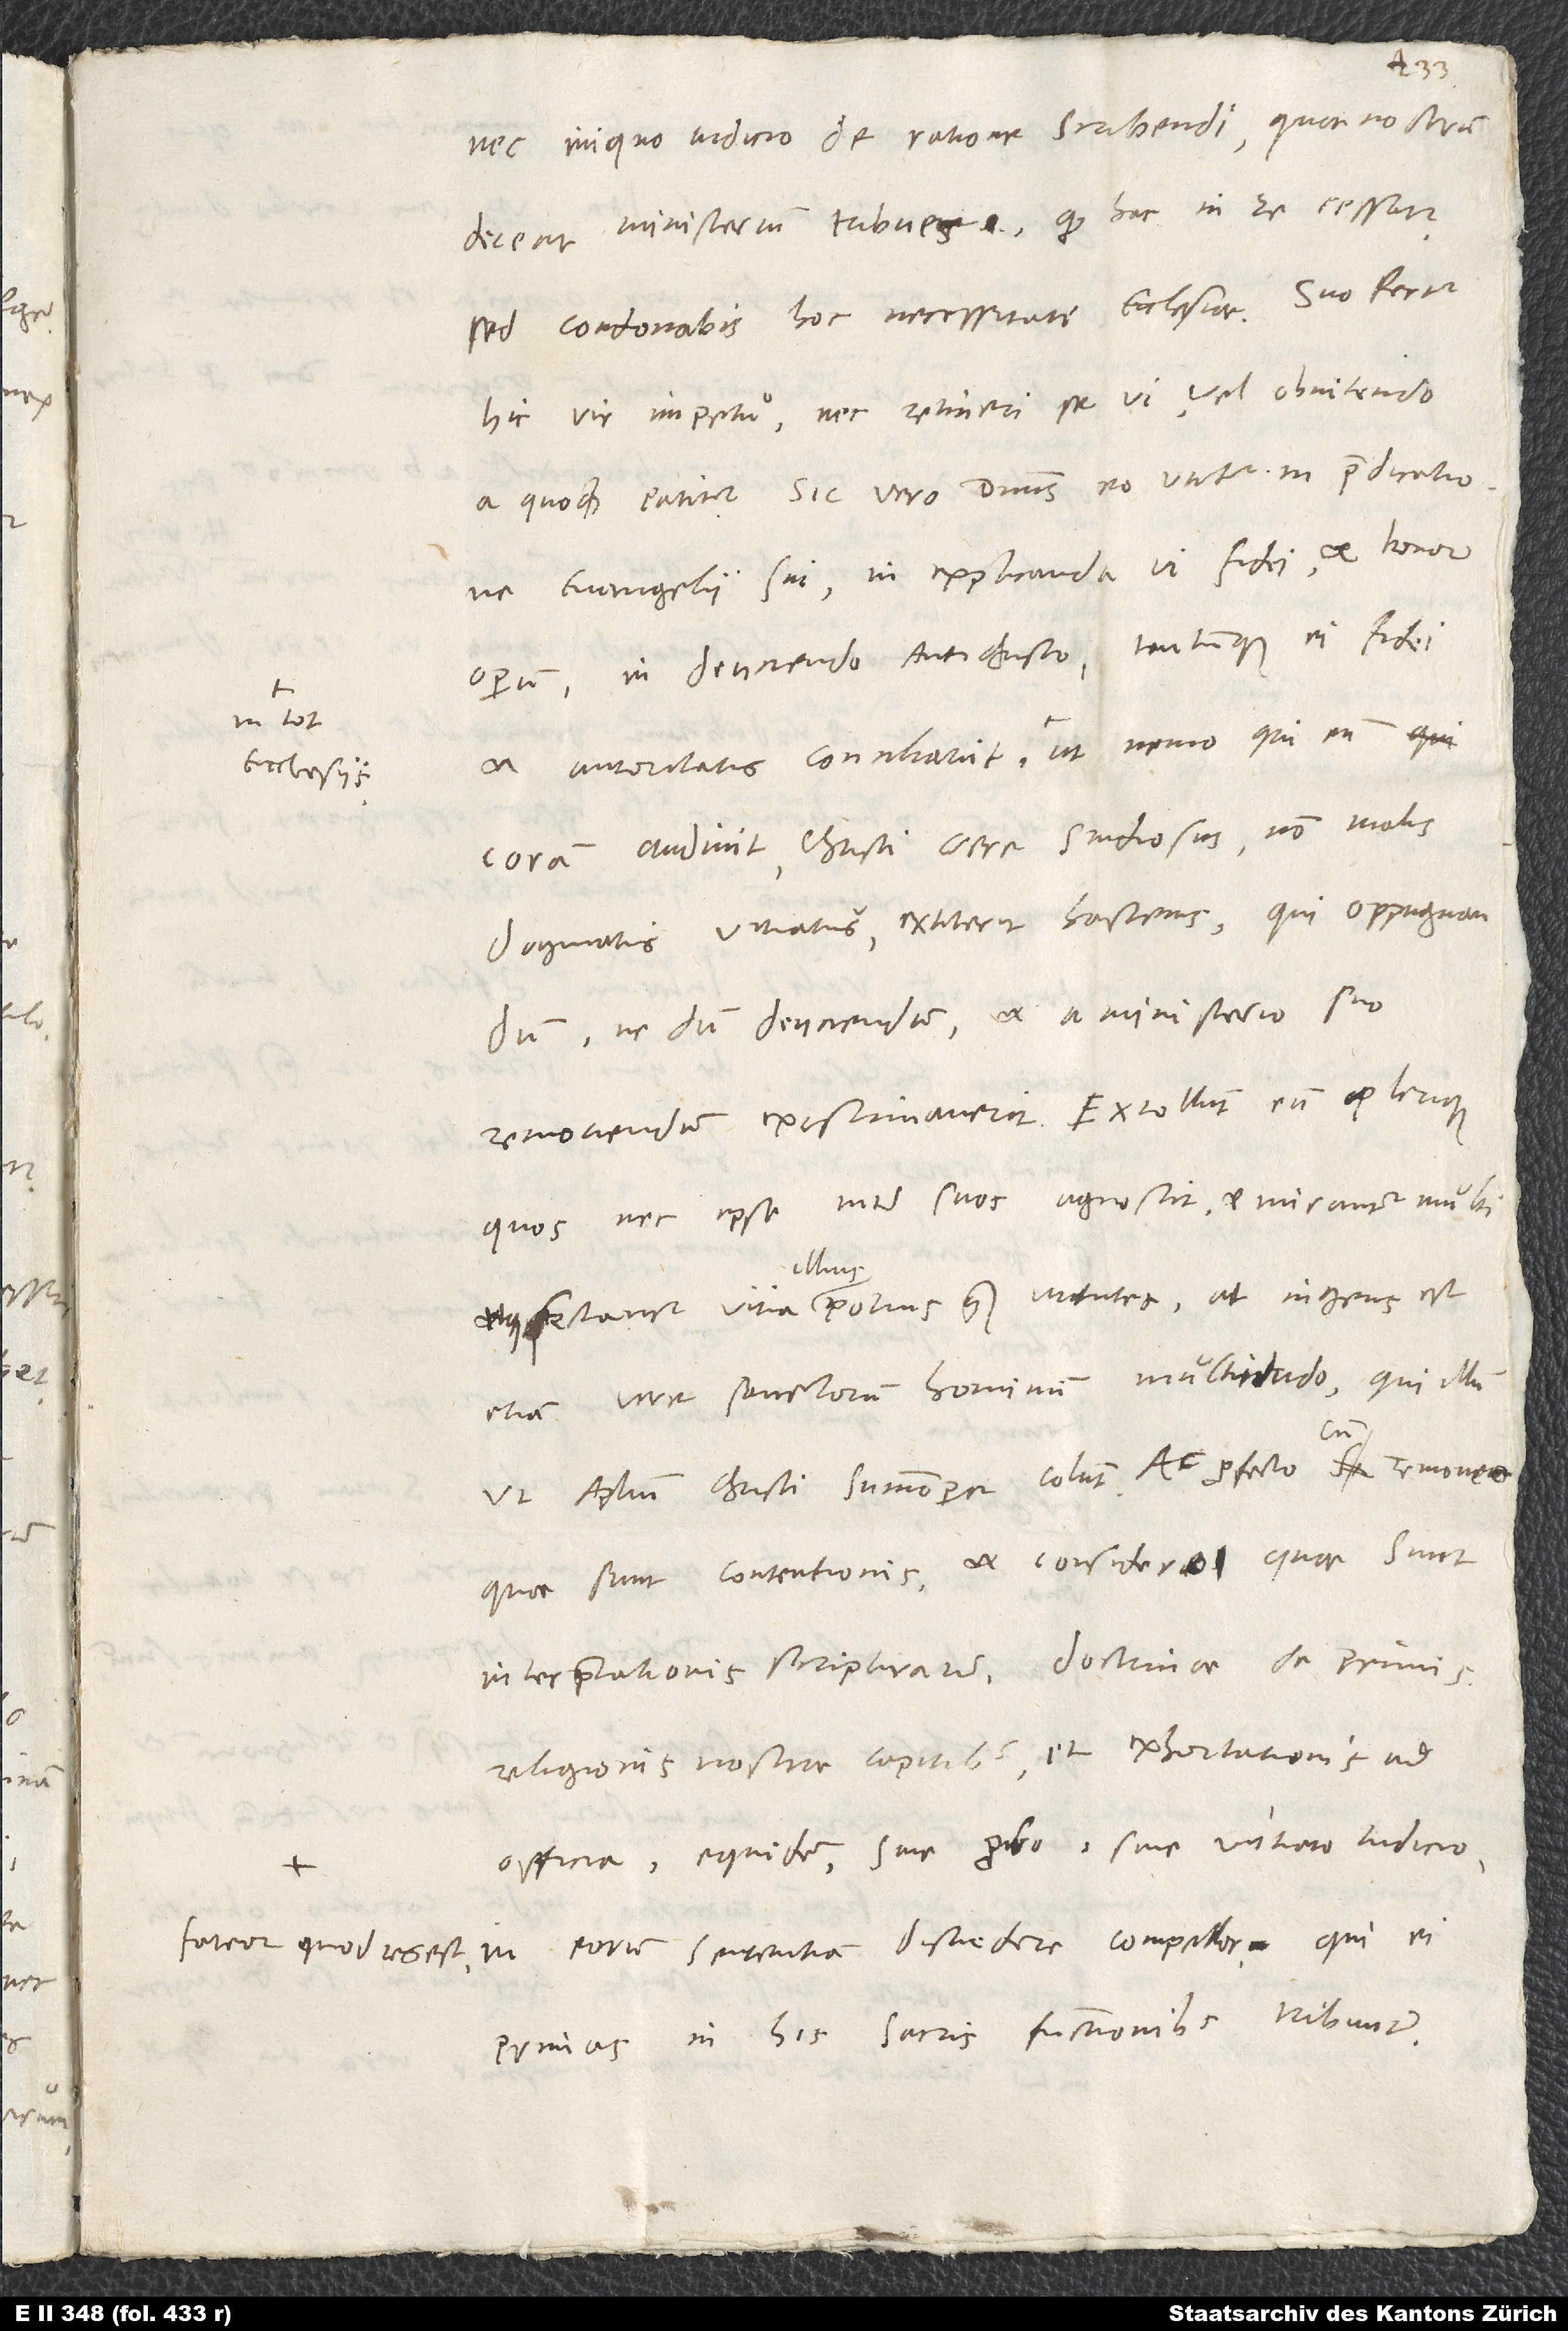
nec iniquo iudicio de ratione scribendi, quae nostrum
deceat ministerium, tribues, quod hac in re cessatur,
sed condonabis hoc necessitati ecclesiae. Suo fertur
hic vir impetu nec retineri se vi vel obnitendo
a quoquam patitur. Sic vero dominus eo utitur in praedicatione
evangelii sui, in explicanda vi fidei et bonorum
operum, in deiiciendo antichristo tantumque ei fidei
in tot
coram audivit, Christi certe studiosus, non malis
dogmatis vitiatus extiterit hactenus, qui oppugnandum,
ne dum deiiciendum et a ministerio suo
movendum existimaverit. Extollunt eum plerique,
quos nec ipse inter suos agnoscit, et mirantur multi
etiam vere sanctorum hominum multitudo, qui illum
ut apostolum Christi summopere colunt. Ac profecto, cum removeo,
quae sunt contentionis, et considero, quae sunt
interpretationis scripturarum, doctrinae de primis
religionis nostrae capitibus et exhortationis ad
officia, equidem sive probo sive vitiato iudicio
eorum sententiam discedere compellor, qui eo
fateor, quod res est, in
primas in his sacris functionibus tribuunt.